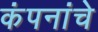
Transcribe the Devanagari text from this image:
कंपनांचे